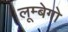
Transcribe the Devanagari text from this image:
लूम्बेगो